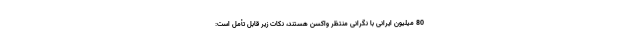
80 میلیون ایرانی با نگرانی منتظر واکسن هستند، نکات زیر قابل تأمل است: